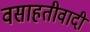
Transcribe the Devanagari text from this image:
वसाहतीवादी